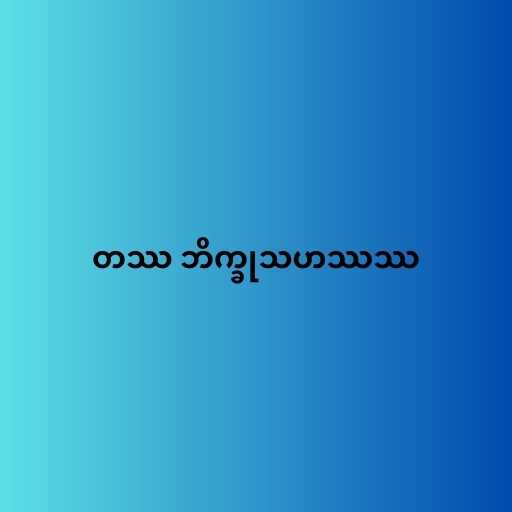
တဿ ဘိက္ခုသဟဿဿ